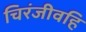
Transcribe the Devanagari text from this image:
चिरंजीवहि